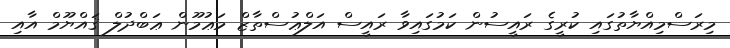
މިރަސްމިއްޔާތުގައި ކުރީގެ ރައީސުން ކަމުގައިވާ ރައީސް އަލްޢުސްތާޒް މަޢުމޫން ޢަބްދުލް ޤައްޔޫމް އާއި